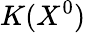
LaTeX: K(X^{0})